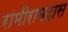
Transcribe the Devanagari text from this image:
रामीरामदास